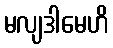
မလျဒါမေဟိ